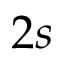
2 s